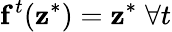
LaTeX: \mathbf f^{t}(\mathbf z^{*})=\mathbf z^{*}\; \forall t